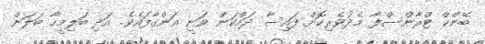
ބޭންކް ޓްރާންސްފާ މެދުވެރިކޮށް ފައިސާ ދައްކަން ވަނީ އަންގާފައެވެ. އަދި ބަލިމީހާ ބަލަން